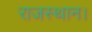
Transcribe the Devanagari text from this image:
राजस्थान।